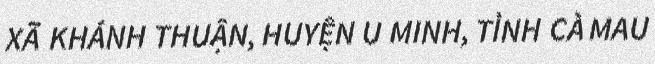
XÃ KHÁNH THUẬN, HUYỆN U MINH, TỈNH CÀ MAU